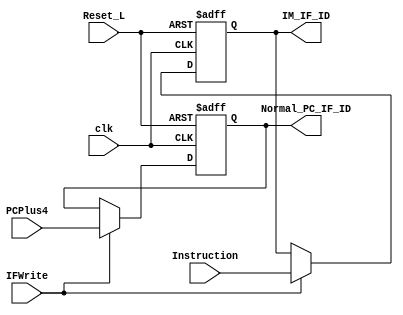
`timescale 1ns / 1ps
//////////////////////////////////////////////////////////////////////////////////
// Company: 
// Engineer: 
// 
// Design Name: 
// Module Name: IF_ID_Reg
// Project Name: 
// Target Devices: 
// Tool Versions: 
// Description: 
// 
// Dependencies: 
// 
// Revision:
// Revision 0.01 - File Created
// Additional Comments:
// 
//////////////////////////////////////////////////////////////////////////////////


module IF_ID_Reg(
    input clk, 
    input Reset_L,
    input [31:0] Instruction, 
    input [31:0] PCPlus4,
    input IFWrite,
    output reg [31:0] IM_IF_ID,
    output reg [31:0] Normal_PC_IF_ID 
    );
    
    always @ (negedge clk or negedge Reset_L) begin
    if(~Reset_L) begin
        IM_IF_ID <= 32'b0;
        Normal_PC_IF_ID <= 32'b0;
    end
    else if(IFWrite) begin
        IM_IF_ID <= Instruction;
        Normal_PC_IF_ID <= PCPlus4;
    end
    end
endmodule